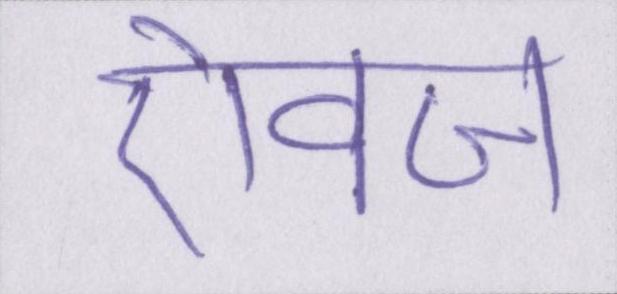
ऐवज